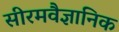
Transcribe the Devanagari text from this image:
सीरमवैज्ञानिक